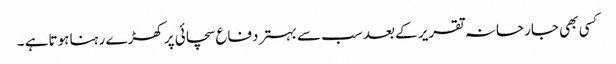
کسی بھی جارحانہ تقریر کے بعد سب سے بہتر دفاع سچائی پر کھڑے رہنا ہوتاہے ۔